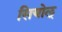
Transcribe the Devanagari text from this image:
सियोल्